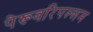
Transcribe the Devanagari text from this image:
पेरूवरिपल्लम